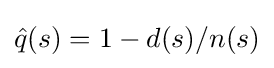
{\hat {q}}(s)=1-d(s)/n(s)